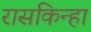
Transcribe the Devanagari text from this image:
रासकिन्हा